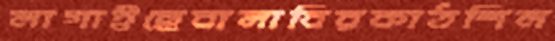
লাগাইছেবালাবিরকাঠশিল